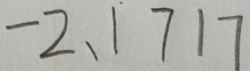
- 2 、 1 7 1 7